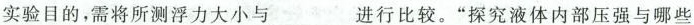
实验目的，需将所测浮力大小与_________进行比较。”探究液体内部压强与哪些